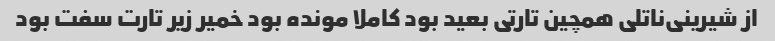
از شیرینی‌ناتلی همچین تارتی بعید بود کاملا مونده بود خمیر زیر تارت سفت بود